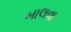
બાલવા